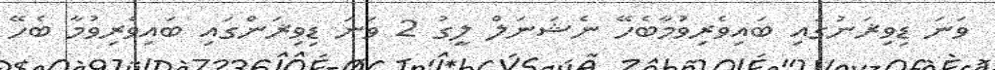
ވަނަ ޑިވިޜަނުގައި ބައިވެރިވުމާބެހޭ ނެޝަނަލް ލީގު 2 ވަނަ ޑިވިޜަންގައި ބައިވެރިވުމާ ބެހޭ